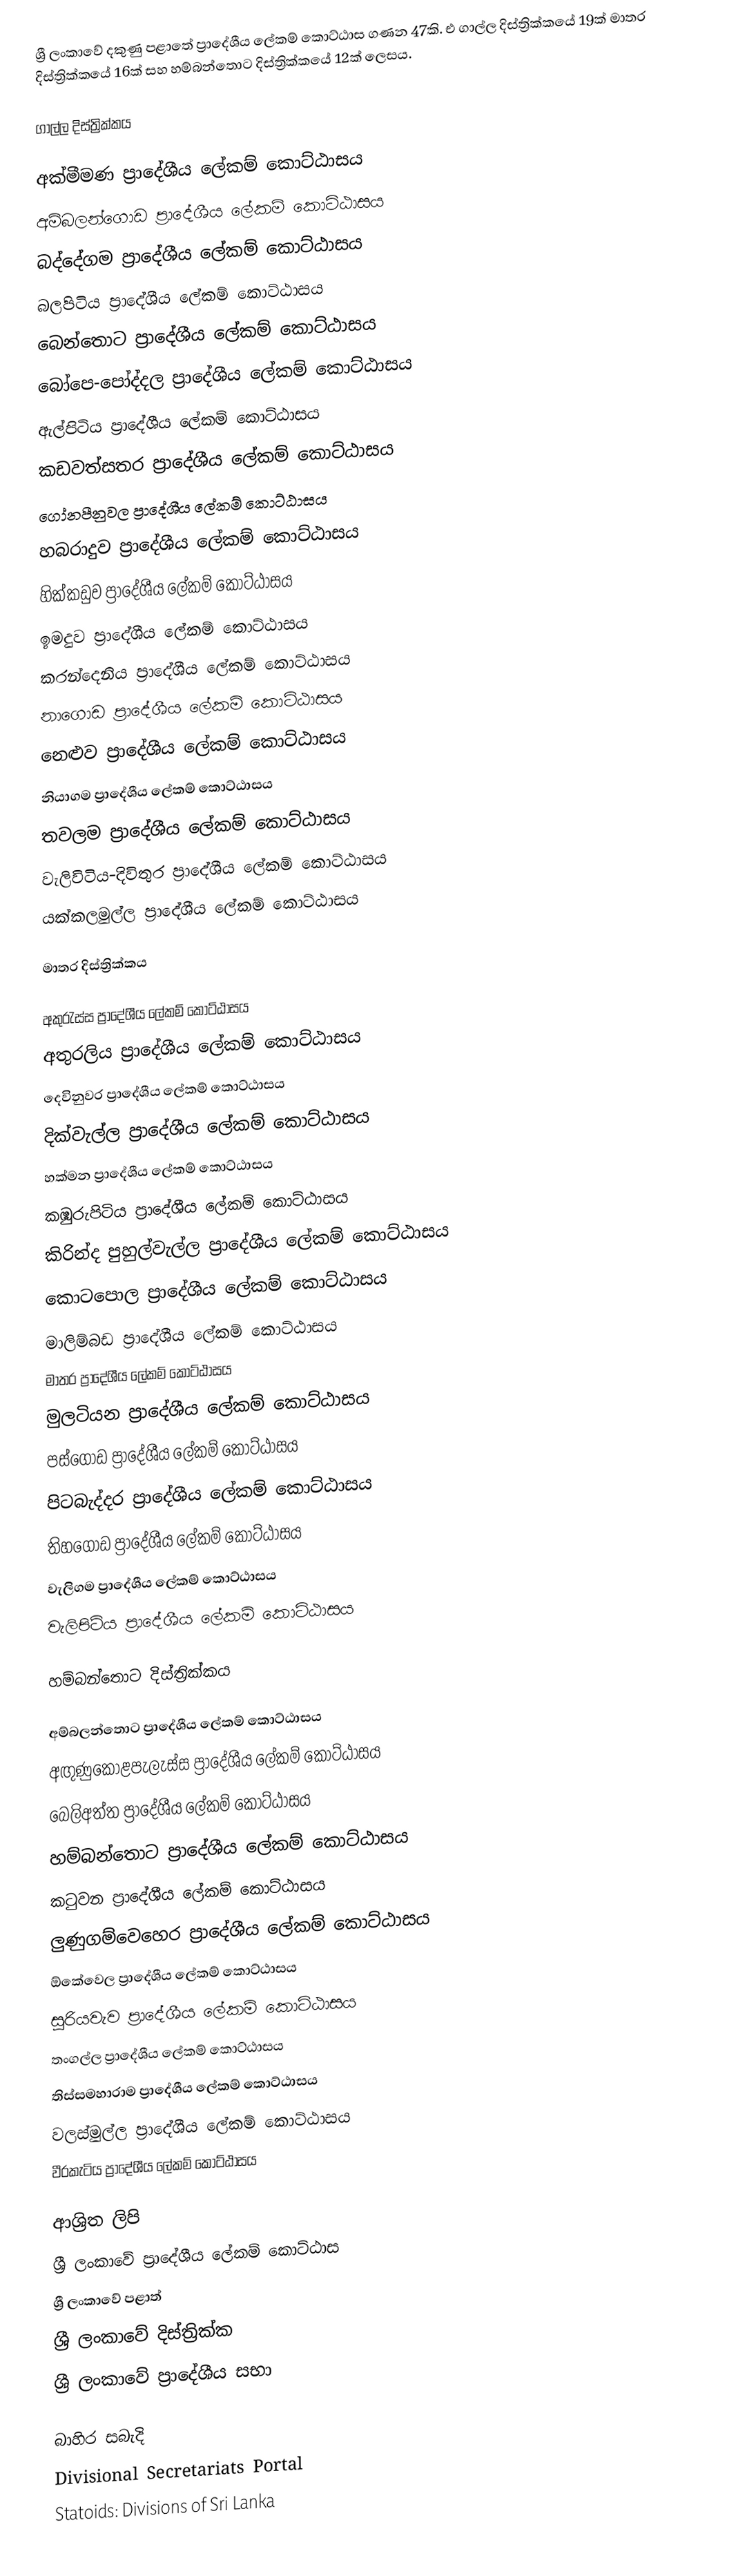
ශ්‍රී ලංකාවේ දකුණු පළාතේ ප්‍රාදේශීය ලේකම් කොට්ඨාස ගණන 47කි. එ ගාල්ල දිස්ත්‍රික්කයේ 19ක් මාතර දිස්ත්‍රික්කයේ 16ක් සහ හම්බන්තොට දිස්ත්‍රික්කයේ 12ක් ලෙසය.

ගාල්ල දිස්ත්‍රික්කය

 අක්මීමණ ප්‍රාදේශීය ලේකම් කොට්ඨාසය
 අම්බලන්ගොඩ ප්‍රාදේශීය ලේකම් කොට්ඨාසය
 බද්දේගම ප්‍රාදේශීය ලේකම් කොට්ඨාසය
 බලපිටිය ප්‍රාදේශීය ලේකම් කොට්ඨාසය
 බෙන්තොට ප්‍රාදේශීය ලේකම් කොට්ඨාසය
 බෝපෙ-පෝද්දල ප්‍රාදේශීය ලේකම් කොට්ඨාසය
 ඇල්පිටිය ප්‍රාදේශීය ලේකම් කොට්ඨාසය
 කඩවත්සතර ප්‍රාදේශීය ලේකම් කොට්ඨාසය
 ගෝනපීනුවල ප්‍රාදේශීය ලේකම් කොට්ඨාසය
 හබරාදුව ප්‍රාදේශීය ලේකම් කොට්ඨාසය
 හික්කඩුව ප්‍රාදේශීය ලේකම් කොට්ඨාසය
 ඉමදුව ප්‍රාදේශීය ලේකම් කොට්ඨාසය
 කරන්දෙනිය ප්‍රාදේශීය ලේකම් කොට්ඨාසය
 නාගොඩ ප්‍රාදේශීය ලේකම් කොට්ඨාසය
 නෙළුව ප්‍රාදේශීය ලේකම් කොට්ඨාසය
 නියාගම ප්‍රාදේශීය ලේකම් කොට්ඨාසය
 තවලම ප්‍රාදේශීය ලේකම් කොට්ඨාසය
 වැලිවිටිය-දිවිතුර ප්‍රාදේශීය ලේකම් කොට්ඨාසය
 යක්කලමුල්ල ප්‍රාදේශීය ලේකම් කොට්ඨාසය

මාතර දිස්ත්‍රික්කය

 අකුරැස්ස ප්‍රාදේශීය ලේකම් කොට්ඨාසය
 අතුරලිය ප්‍රාදේශීය ලේකම් කොට්ඨාසය
 දෙවිනුවර ප්‍රාදේශීය ලේකම් කොට්ඨාසය
 දික්වැල්ල ප්‍රාදේශීය ලේකම් කොට්ඨාසය
 හක්මන ප්‍රාදේශීය ලේකම් කොට්ඨාසය
 කඹුරුපිටිය ප්‍රාදේශීය ලේකම් කොට්ඨාසය
 කිරින්ද පුහුල්වැල්ල ප්‍රාදේශීය ලේකම් කොට්ඨාසය
 කොටපොල ප්‍රාදේශීය ලේකම් කොට්ඨාසය
 මාලිම්බඩ ප්‍රාදේශීය ලේකම් කොට්ඨාසය
 මාතර ප්‍රාදේශීය ලේකම් කොට්ඨාසය
 මුලටියන ප්‍රාදේශීය ලේකම් කොට්ඨාසය
 පස්ගොඩ ප්‍රාදේශීය ලේකම් කොට්ඨාසය
 පිටබැද්දර ප්‍රාදේශීය ලේකම් කොට්ඨාසය
 තිහගොඩ ප්‍රාදේශීය ලේකම් කොට්ඨාසය
 වැලිගම ප්‍රාදේශීය ලේකම් කොට්ඨාසය
 වැලිපිටිය ප්‍රාදේශීය ලේකම් කොට්ඨාසය

හම්බන්තොට දිස්ත්‍රික්කය

 අම්බලන්තොට ප්‍රාදේශීය ලේකම් කොට්ඨාසය
 අඟුණුකොළපැලැස්ස ප්‍රාදේශීය ලේකම් කොට්ඨාසය
 බෙලිඅත්ත ප්‍රාදේශීය ලේකම් කොට්ඨාසය
 හම්බන්තොට ප්‍රාදේශීය ලේකම් කොට්ඨාසය
 කටුවන ප්‍රාදේශීය ලේකම් කොට්ඨාසය
 ලුණුගම්වෙහෙර ප්‍රාදේශීය ලේකම් කොට්ඨාසය
 ඕකේවෙල ප්‍රාදේශීය ලේකම් කොට්ඨාසය
 සූරියවැව ප්‍රාදේශීය ලේකම් කොට්ඨාසය
 තංගල්ල ප්‍රාදේශීය ලේකම් කොට්ඨාසය
 තිස්සමහාරාම ප්‍රාදේශීය ලේකම් කොට්ඨාසය
 වලස්මුල්ල ප්‍රාදේශීය ලේකම් කොට්ඨාසය
 වීරකැටිය ප්‍රාදේශීය ලේකම් කොට්ඨාසය

ආශ්‍රිත ලිපි
 ශ්‍රී ලංකාවේ ප්‍රාදේශීය ලේකම් කොට්ඨාස
 ශ්‍රී ලංකාවේ පළාත්
 ශ්‍රී ලංකාවේ දිස්ත්‍රික්ක
 ශ්‍රී ලංකාවේ ප්‍රාදේශීය සභා

බාහිර සබැදි
 Divisional Secretariats Portal
 Statoids: Divisions of Sri Lanka